Report of the Indian Hemp Drugs Commission, 1894-1895 - Volume IV
Year: 1894
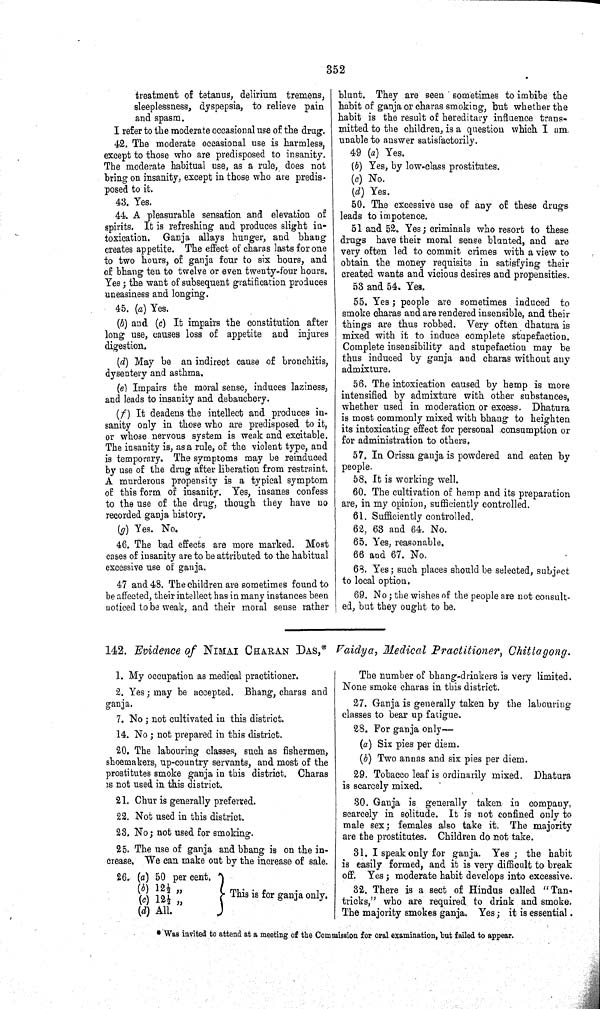
352
treatment of tetanus, delirium tremens,
sleeplessness, dyspepsia, to relieve pain
and spasm.
I refer to the moderate occasional use of the drug.
42. The moderate occasional use is harmless,
except to those who are predisposed to insanity.
The moderate habitual use, as a rule, does not
bring on insanity, except in those who are predis-
posed to it.
43. Yes.
44. A pleasurable sensation and elevation of
spirits. It is refreshing and produces slight in-
toxication. Ganja allays hunger, and bhang
creates appetite. The effect of charas lasts for one
to two hours, of ganja four to six hours, and
of bhang ten to twelve or even twenty-four hours.
Yes; the want of subsequent gratification produces
uneasiness and longing.
45. (a) Yes.
(b) and (c) It impairs the constitution after
long use, causes loss of appetite and injures
digestion.
(d) May be an indirect cause of bronchitis,
dysentery and asthma.
(e) Impairs the moral sense, induces laziness,
and leads to insanity and debauchery.
(f) It deadens the intellect and produces in-
sanity only in those who are predisposed to it,
or whose nervous system is weak and excitable.
The insanity is, as a rule, of the violent type, and
is temporary. The symptoms may be reinduced
by use of the drug after liberation from restraint.
A murderous propensity is a typical symptom
of this form of insanity. Yes, insanes confess
to the use of the drug, though they have no
recorded ganja history.
(g) Yes. No.
46. The bad effects are more marked. Most
cases of insanity are to be attributed to the habitual
excessive use of ganja.
47 and 48. The children are sometimes found to
be affected, their intellect has in many instances been
noticed to be weak, and their moral sense rather
blunt. They are seen sometimes to imbibe the
habit of ganja or charas smoking, but whether the
habit is the result of hereditary influence trans-
mitted to the children, is a question which I am.
unable to answer satisfactorily.
49 (a) Yes.
(b) Yes, by low-class prostitutes.
(c) No.
(d) Yes.
50. The excessive use of any of these drugs
leads to impotence.
51 and 52. Yes; criminals who resort to these
drugs have their moral sense blunted, and are
very often led to commit crimes with a view to
obtain the money requisite in satisfying their
created wants and vicious desires and propensities.
53 and 54. Yes.
55. Yes; people are sometimes induced to
smoke charas and are rendered insensible, and their
things are thus robbed. Very often dhatura is
mixed with it to induce complete stupefaction.
Complete insensibility and stupefaction may be
thus induced by ganja and charas without any
admixture.
56. The intoxication caused by hemp is more
intensified by admixture with other substances,
whether used in moderation or excess. Dhatura
is most commonly mixed with bhang to heighten
its intoxicating effect for personal consumption or
for administration to others.
57. In Orissa ganja is powdered and eaten by
people.
58. It is working well.
60. The cultivation of hemp and its preparation
are, in my opinion, sufficiently controlled.
61. Sufficiently controlled.
62, 63 and 64. No.
65. Yes, reasonable.
66 and 67. No.
68. Yes; such places should be selected, subject
to local option.
69. No; the wishes of the people are not consult-
ed, but they ought to be.
142. Evidence of NIMAI CHARAN DAS,* Vaidya, Medical Practitioner, Chittagong.
1. My occupation as medical practitioner.
2. Yes; may be accepted. Bhang, charas and
ganja.
7. No; not cultivated in this district.
14. No; not prepared in this district.
20. The labouring classes, such as fishermen,
shoemakers, up-country servants, and most of the
prostitutes smoke ganja in this district. Charas
is not used in this district.
21. Chur is generally preferred.
22. Not used in this district.
23. No; not used for smoking.
25. The use of ganja and bhang is on the in-
crease. We can make out by the increase of sale.
26. (a) 50 per cent.
(b) 12½ "
(c) 12½ "
(d) All.
This is for ganja only.
The number of bhang-drinkers is very limited.
None smoke charas in this district.
27. Ganja is generally taken by the labouring
classes to bear up fatigue.
28. For ganja only—
(a) Six pies per diem.
(b) Two annas and six pies per diem.
29. Tobacco leaf is ordinarily mixed. Dhatura
is scarcely mixed.
30. Ganja is generally taken in company,
scarcely in solitude. It is not confined only to
male sex; females also take it. The majority
are the prostitutes. Children do not take.
31. I speak only for ganja. Yes; the habit
is easily formed, and it is very difficult to break
off. Yes; moderate habit develops into excessive.
32. There is a sect of Hindus called "Tan-
tricks," who are required to drink and smoke.
The majority smokes ganja. Yes; it is essential.
* Was invited to attend at a meeting of the Commission for oral examination, but failed to appear.